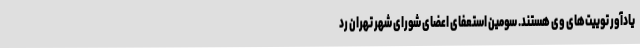
یادآور توییت‌های وی هستند. سومین استعفای اعضای شورای شهر تهران رد